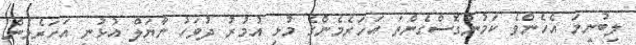
ލިބުނީމަ އެހެންވެ ކަމުނުގޮސްގެންތަ އަހަރެމެންގެ މުޅި އުމުރު ދުވަހު ނާޔަލް އުޅުނީ އަހަރެމެން